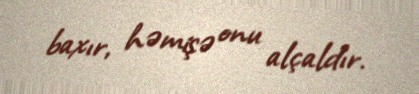
baxır, həmişə onu alçaldır.